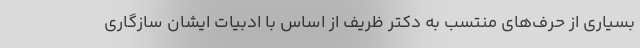
بسیاری از حرف‌های منتسب به دکتر ظریف از اساس با ادبیات ایشان سازگاری